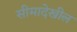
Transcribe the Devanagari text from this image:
सीमादेखील